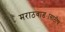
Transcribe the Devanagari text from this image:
मराठवाड्यासाठीच